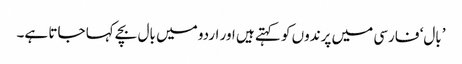
’بال‘ فارسی میں پرندوں کو کہتے ہیں اور اردو میں بال بچے کہا جاتا ہے۔